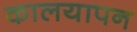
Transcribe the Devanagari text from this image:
कालयापन